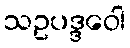
သဥပဒ္ဒဝေါ